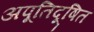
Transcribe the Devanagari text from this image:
अपूतिदूषित